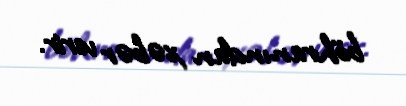
böhranından xəbər verir.